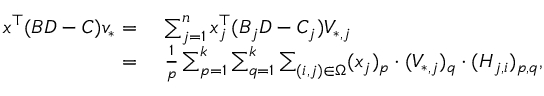
\begin{array} { r l } { x ^ { \top } ( B D - C ) v _ { * } = } & { ~ \sum _ { j = 1 } ^ { n } x _ { j } ^ { \top } ( B _ { j } D - C _ { j } ) V _ { * , j } } \\ { = } & { ~ \frac { 1 } { p } \sum _ { p = 1 } ^ { k } \sum _ { q = 1 } ^ { k } \sum _ { ( i , j ) \in \Omega } ( x _ { j } ) _ { p } \cdot ( V _ { * , j } ) _ { q } \cdot ( H _ { j , i } ) _ { p , q } , } \end{array}